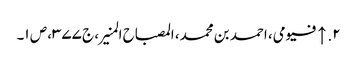
۲. ↑ فیومی، احمد بن محمد، المصباح المنیر، ج ۳۷۷، ص ۱۔